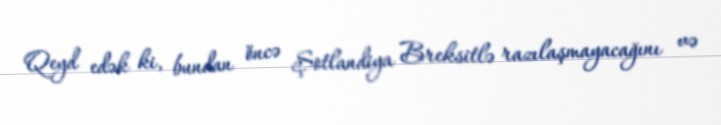
Qeyd edək ki, bundan öncə Şotlandiya Breksitlə razılaşmayacağını və